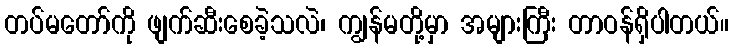
တပ်မတော်ကို ဖျက်ဆီးစေခဲ့သလဲ၊ ကျွန်မတို့မှာ အများကြီး တာဝန်ရှိပါတယ်။